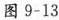
图9-13